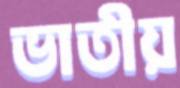
ভাতীয়